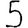
Digit: 5